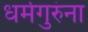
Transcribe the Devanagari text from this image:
धर्मगुरुंना